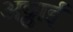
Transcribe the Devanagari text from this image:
अठ्ठाई